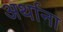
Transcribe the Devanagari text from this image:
अर्थाना